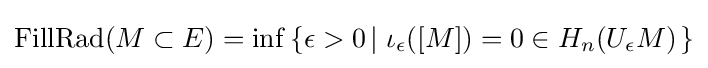
\mathrm {FillRad} (M\subset E)=\inf \left\{\epsilon >0\left|\;\iota _{\epsilon }([M])=0\in H_{n}(U_{\epsilon }M)\right.\right\}